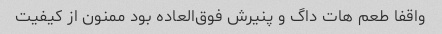
واقفا طعم هات داگ و پنیرش فوق‌العاده بود ممنون از کیفیت